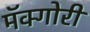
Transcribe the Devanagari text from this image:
मॅक्गोरी